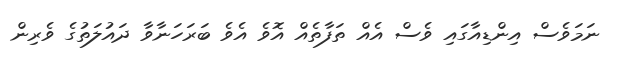
ނަމަވެސް އިންޑިއާގައި ވެސް އެއް ތަފާތެއް އޮވެ އެވެ ބަރަހަނާވާ ދައުލަތުގެ ވެރިން